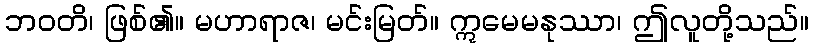
ဘဝတိ၊ ဖြစ်၏။ မဟာရာဇ၊ မင်းမြတ်။ ဣမေမနုဿာ၊ ဤလူတို့သည်။